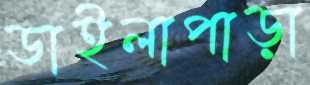
ডাইলাপাড়া